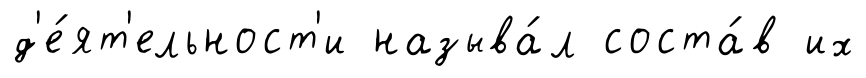
д'е́ят'ельност'и называ́л соста́в их